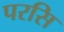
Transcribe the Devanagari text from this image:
परसि